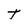
Character: T